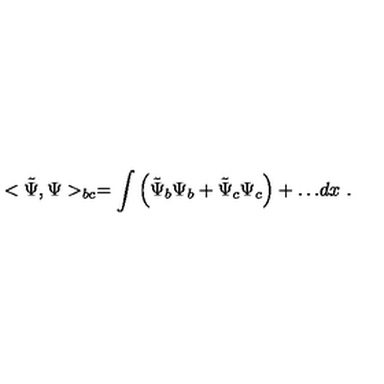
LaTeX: < \tilde { \Psi } , \Psi > _ { b c } = \int { \left( \tilde { \Psi } _ { b } \Psi _ { b } + \tilde { \Psi } _ { c } \Psi _ { c } \right) + \dots } d x \ .